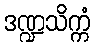
ဒဏ္ဍသိက္ကံ